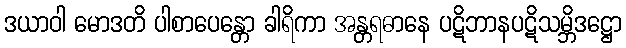
ဒယာဝါ မောဒတိ ပါစာပေန္တော ခါရိကာ အန္တရဓာနေ ပဋိဘာနပဋိသမ္ဘိဒဋ္ဌော